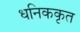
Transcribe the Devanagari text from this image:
धनिककृत